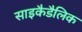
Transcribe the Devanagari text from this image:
साइकैडैलिक